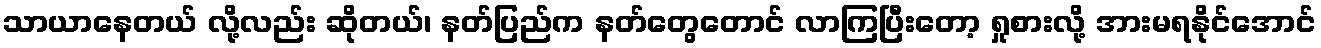
သာယာနေတယ် လို့လည်း ဆိုတယ်၊ နတ်ပြည်က နတ်တွေတောင် လာကြပြီးတော့ ရှုစားလို့ အားမရနိုင်အောင်